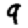
Digit: 9